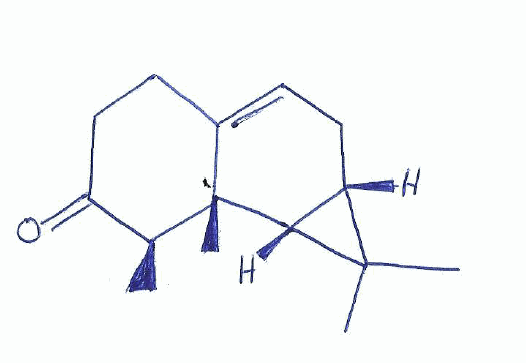
Simplified molecular-input line-entry system (SMILES) notation of the given molecule:
C[C@H]1C(=O)CCC2=CC[C@H]3[C@@H]([C@]12C)C3(C)C